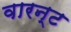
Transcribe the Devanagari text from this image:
वारन्‍ट